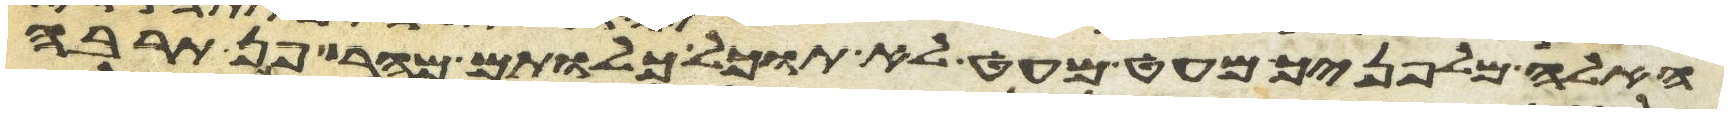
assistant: האלה מלפניך מעט מעט לא תוכל כלותם מהר פן תרבה